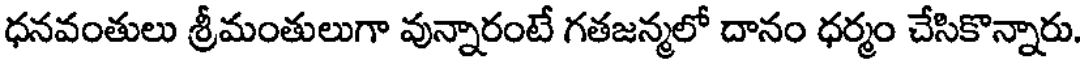
ధనవంతులు శ్రీమంతులుగా వున్నారంటే గతజన్మలో దానం ధర్మం చేసికొన్నారు